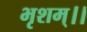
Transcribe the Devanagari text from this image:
भृशम्।।